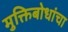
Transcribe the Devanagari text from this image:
मुक्तिबोधांचा